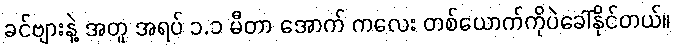
ခင်ဗျားနဲ့ အတူ အရပ် ၁.၁ မီတာ အောက် ကလေး တစ်ယောက်ကိုပဲခေါ်နိုင်တယ်။